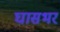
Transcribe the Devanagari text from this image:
घासभर